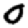
Digit: 0